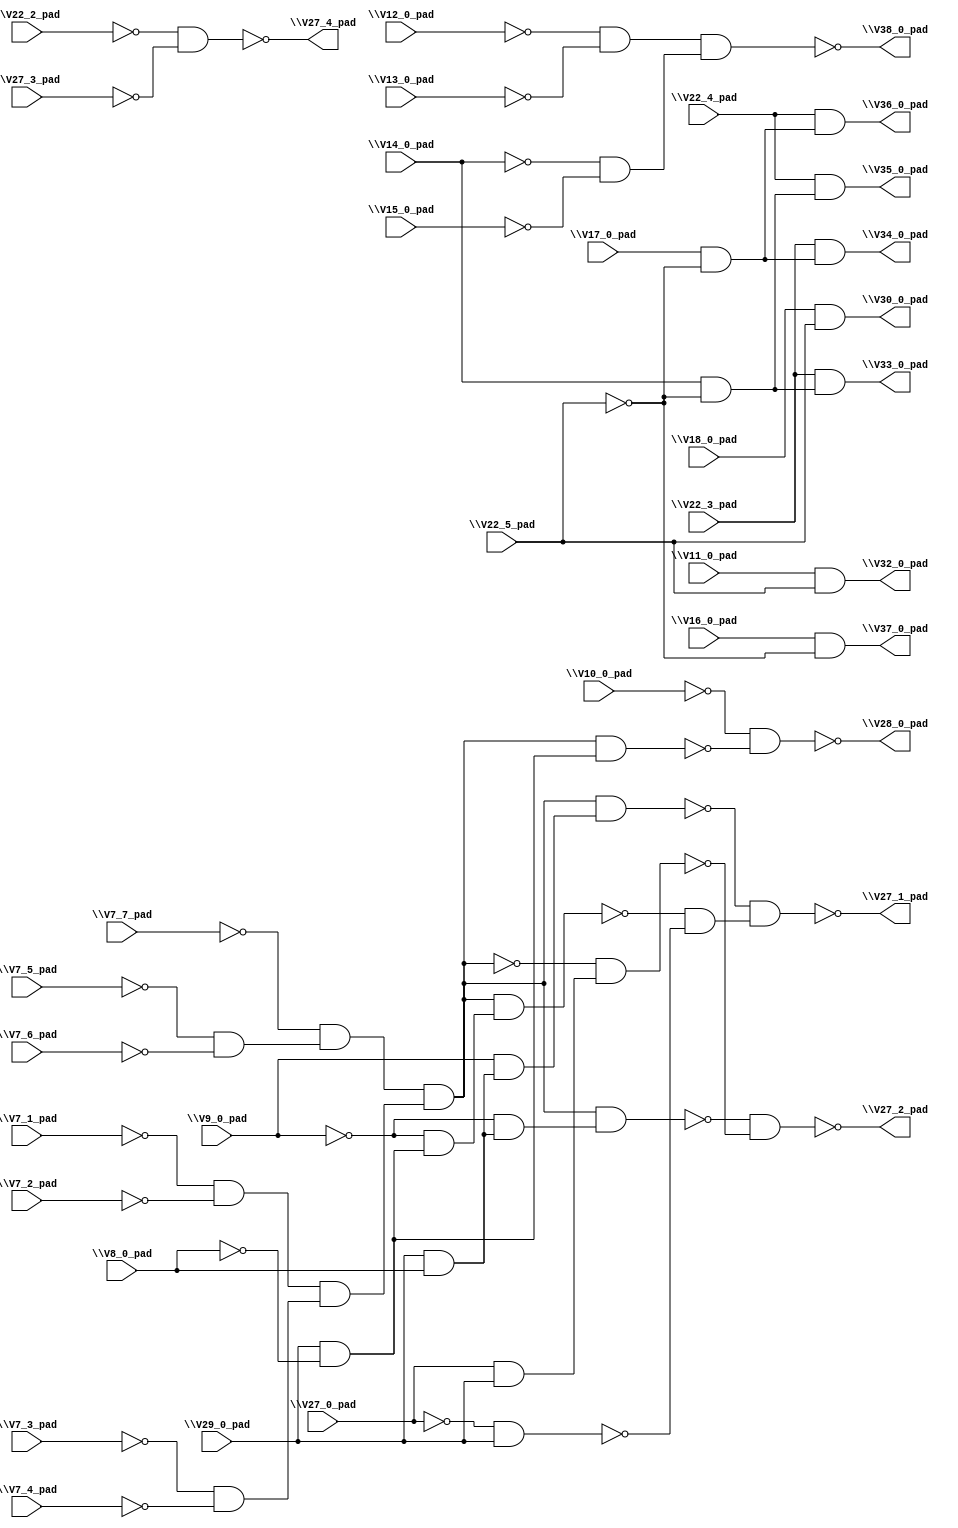
module top( \V10_0_pad  , \V11_0_pad  , \V12_0_pad  , \V13_0_pad  , \V14_0_pad  , \V15_0_pad  , \V16_0_pad  , \V17_0_pad  , \V18_0_pad  , \V22_2_pad  , \V22_3_pad  , \V22_4_pad  , \V22_5_pad  , \V27_0_pad  , \V27_3_pad  , \V29_0_pad  , \V7_1_pad  , \V7_2_pad  , \V7_3_pad  , \V7_4_pad  , \V7_5_pad  , \V7_6_pad  , \V7_7_pad  , \V8_0_pad  , \V9_0_pad  , \V27_1_pad  , \V27_2_pad  , \V27_4_pad  , \V28_0_pad  , \V30_0_pad  , \V32_0_pad  , \V33_0_pad  , \V34_0_pad  , \V35_0_pad  , \V36_0_pad  , \V37_0_pad  , \V38_0_pad  );
  input \V10_0_pad  ;
  input \V11_0_pad  ;
  input \V12_0_pad  ;
  input \V13_0_pad  ;
  input \V14_0_pad  ;
  input \V15_0_pad  ;
  input \V16_0_pad  ;
  input \V17_0_pad  ;
  input \V18_0_pad  ;
  input \V22_2_pad  ;
  input \V22_3_pad  ;
  input \V22_4_pad  ;
  input \V22_5_pad  ;
  input \V27_0_pad  ;
  input \V27_3_pad  ;
  input \V29_0_pad  ;
  input \V7_1_pad  ;
  input \V7_2_pad  ;
  input \V7_3_pad  ;
  input \V7_4_pad  ;
  input \V7_5_pad  ;
  input \V7_6_pad  ;
  input \V7_7_pad  ;
  input \V8_0_pad  ;
  input \V9_0_pad  ;
  output \V27_1_pad  ;
  output \V27_2_pad  ;
  output \V27_4_pad  ;
  output \V28_0_pad  ;
  output \V30_0_pad  ;
  output \V32_0_pad  ;
  output \V33_0_pad  ;
  output \V34_0_pad  ;
  output \V35_0_pad  ;
  output \V36_0_pad  ;
  output \V37_0_pad  ;
  output \V38_0_pad  ;
  wire n26 , n27 , n28 , n29 , n30 , n31 , n32 , n33 , n34 , n35 , n36 , n37 , n38 , n39 , n40 , n41 , n42 , n43 , n44 , n45 , n46 , n47 , n48 , n49 , n50 , n51 , n52 , n53 , n54 , n55 , n56 , n57 , n58 , n59 , n60 ;
  assign n26 = ~\V7_5_pad  & ~\V7_6_pad  ;
  assign n27 = ~\V7_7_pad  & n26 ;
  assign n28 = ~\V7_1_pad  & ~\V7_2_pad  ;
  assign n29 = ~\V7_3_pad  & ~\V7_4_pad  ;
  assign n30 = n28 & n29 ;
  assign n31 = n27 & n30 ;
  assign n32 = \V29_0_pad  & \V8_0_pad  ;
  assign n33 = \V9_0_pad  & n32 ;
  assign n34 = n31 & n33 ;
  assign n35 = \V29_0_pad  & ~\V8_0_pad  ;
  assign n36 = ~\V9_0_pad  & n35 ;
  assign n37 = n31 & n36 ;
  assign n38 = ~\V27_0_pad  & \V29_0_pad  ;
  assign n39 = ~n37 & ~n38 ;
  assign n40 = ~n34 & n39 ;
  assign n41 = ~\V9_0_pad  & n32 ;
  assign n42 = n31 & n41 ;
  assign n43 = \V27_0_pad  & \V29_0_pad  ;
  assign n44 = ~n31 & n43 ;
  assign n45 = ~n42 & ~n44 ;
  assign n46 = ~\V22_2_pad  & ~\V27_3_pad  ;
  assign n47 = n31 & n35 ;
  assign n48 = ~\V10_0_pad  & ~n47 ;
  assign n49 = \V18_0_pad  & \V22_5_pad  ;
  assign n50 = \V11_0_pad  & \V22_5_pad  ;
  assign n51 = \V14_0_pad  & ~\V22_5_pad  ;
  assign n52 = \V22_3_pad  & n51 ;
  assign n53 = \V17_0_pad  & ~\V22_5_pad  ;
  assign n54 = \V22_3_pad  & n53 ;
  assign n55 = \V22_4_pad  & n51 ;
  assign n56 = \V22_4_pad  & n53 ;
  assign n57 = \V16_0_pad  & ~\V22_5_pad  ;
  assign n58 = ~\V12_0_pad  & ~\V13_0_pad  ;
  assign n59 = ~\V14_0_pad  & ~\V15_0_pad  ;
  assign n60 = n58 & n59 ;
  assign \V27_1_pad  = ~n40 ;
  assign \V27_2_pad  = ~n45 ;
  assign \V27_4_pad  = ~n46 ;
  assign \V28_0_pad  = ~n48 ;
  assign \V30_0_pad  = n49 ;
  assign \V32_0_pad  = n50 ;
  assign \V33_0_pad  = n52 ;
  assign \V34_0_pad  = n54 ;
  assign \V35_0_pad  = n55 ;
  assign \V36_0_pad  = n56 ;
  assign \V37_0_pad  = n57 ;
  assign \V38_0_pad  = ~n60 ;
endmodule